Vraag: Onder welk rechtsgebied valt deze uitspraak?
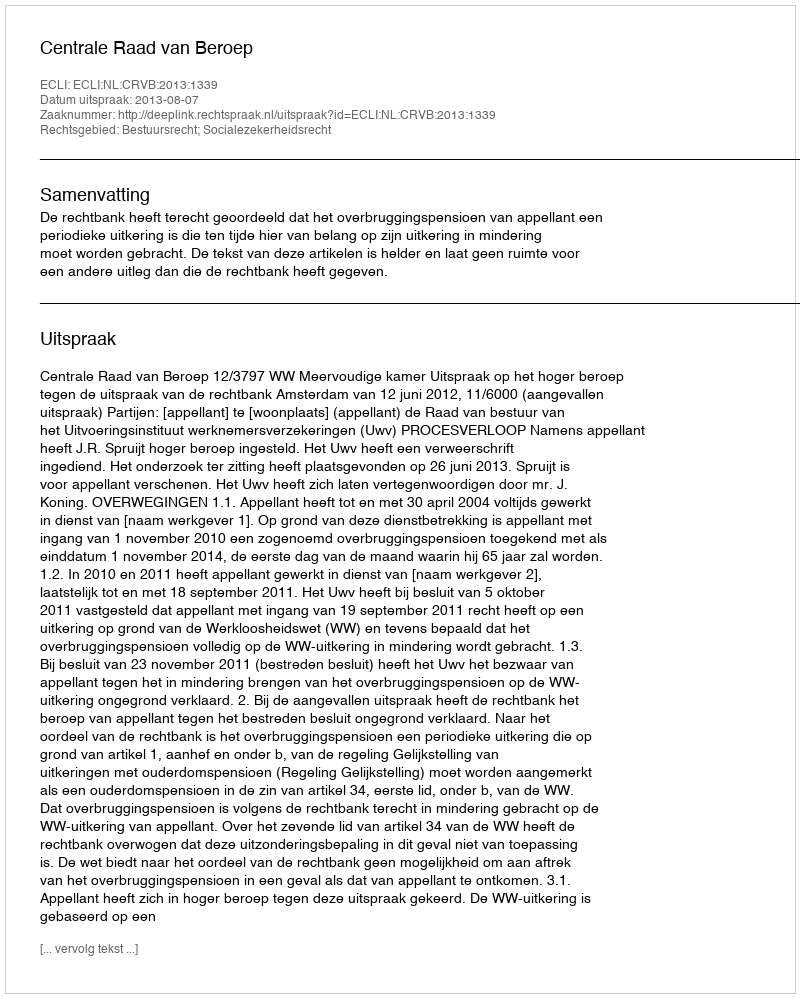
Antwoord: Bestuursrecht; Socialezekerheidsrecht